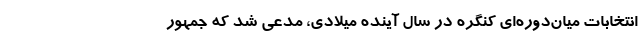
انتخابات میان‌دوره‌ای کنگره در سال آینده میلادی، مدعی شد که جمهور